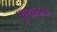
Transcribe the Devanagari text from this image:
पुण्यातला